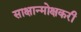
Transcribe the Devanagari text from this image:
साक्षान्मोक्षकरी